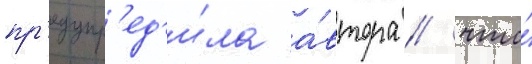
пр'едупр'ед'и́ла а́втора / что́